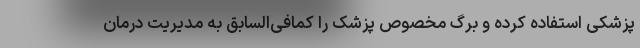
پزشکی استفاده کرده و برگ مخصوص پزشک را کمافی‌السابق به مدیریت درمان